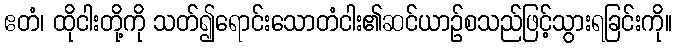
ဧတံ၊ ထိုငါးတို့ကို သတ်၍ရောင်းသောတံငါး၏ဆင်ယာဉ်စသည်ဖြင့်သွားရခြင်းကို။